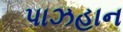
પાઝહાન